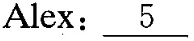
4. Alex: \underline{5}